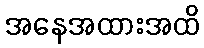
အနေအထားအထိ